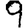
Digit: 9